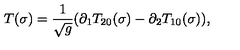
T ( \sigma ) = \frac { 1 } { \sqrt { g } } ( \partial _ { 1 } T _ { 2 0 } ( \sigma ) - \partial _ { 2 } T _ { 1 0 } ( \sigma ) ) ,